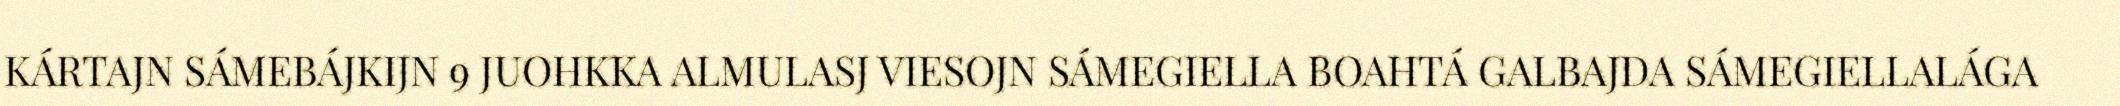
KÁRTAJN SÁMEBÁJKIJN 9 JUOHKKA ALMULASJ VIESOJN SÁMEGIELLA BOAHTÁ GALBAJDA SÁMEGIELLALÁGA